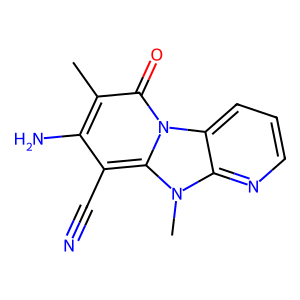
SMILES: Cc1c(N)c(C#N)c2n(C)c3ncccc3n2c1=O
Inhibits HIV replication: No